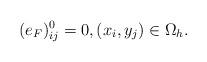
LaTeX: \begin{align*} (e_F)_{ij}^{0}=0,(x_i,y_j)\in\Omega_h. \end{align*}